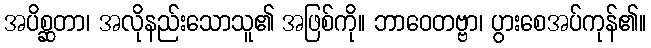
အပိစ္ဆတာ၊ အလိုနည်းသောသူ၏ အဖြစ်ကို။ ဘာဝေတဗ္ဗာ၊ ပွားစေအပ်ကုန်၏။